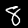
Label: 8